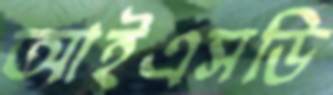
আইএসডি